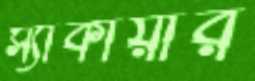
স্যাকায়ার